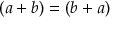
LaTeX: ( a + b ) = ( b + a )